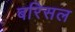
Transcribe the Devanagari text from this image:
बरिसल